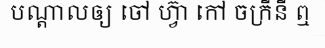
បណ្តាលឲ្យ ចៅ ហ្វ៊ា កៅ ចក្រីនី ឮ